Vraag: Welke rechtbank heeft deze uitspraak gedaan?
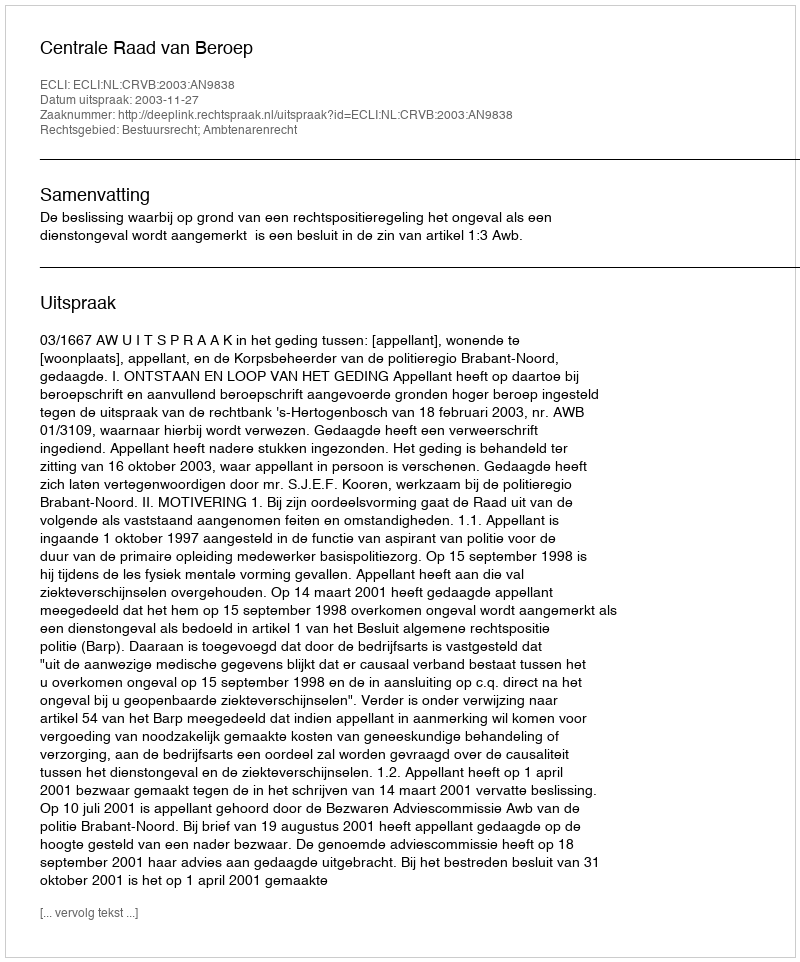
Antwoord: Centrale Raad van Beroep